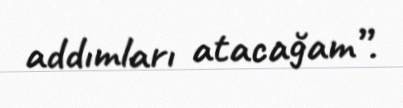
addımları atacağam”.